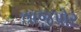
તાજપોર